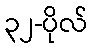
၃၂-ပိုလ်